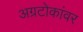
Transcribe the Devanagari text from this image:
अग्रटोकांवर